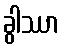
ခွါဿာ